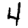
Digit: 4